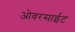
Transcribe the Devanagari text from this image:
ओवरसाईट